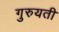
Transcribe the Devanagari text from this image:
गुरुयती